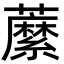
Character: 䕷